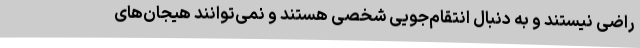
راضی نیستند و به دنبال انتقام‌جویی شخصی هستند و نمی‌توانند هیجان‌های